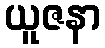
ယူဇနာ